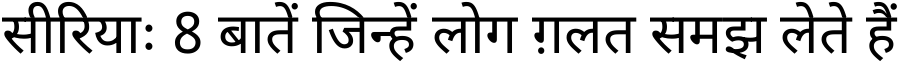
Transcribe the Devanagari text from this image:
सीरियाः 8 बातें जिन्हें लोग ग़लत समझ लेते हैं